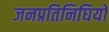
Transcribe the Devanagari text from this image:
जनप्रतिनिघियों